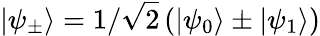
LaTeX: \left|\psi_{\pm}\right\rangle=1/\sqrt{2}\left(\left|\psi_{0}\right\rangle\pm\left|\psi_{1}\right\rangle\right)